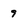
Character: 9